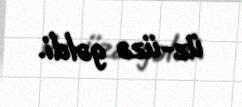
üz-üzə gəldi.